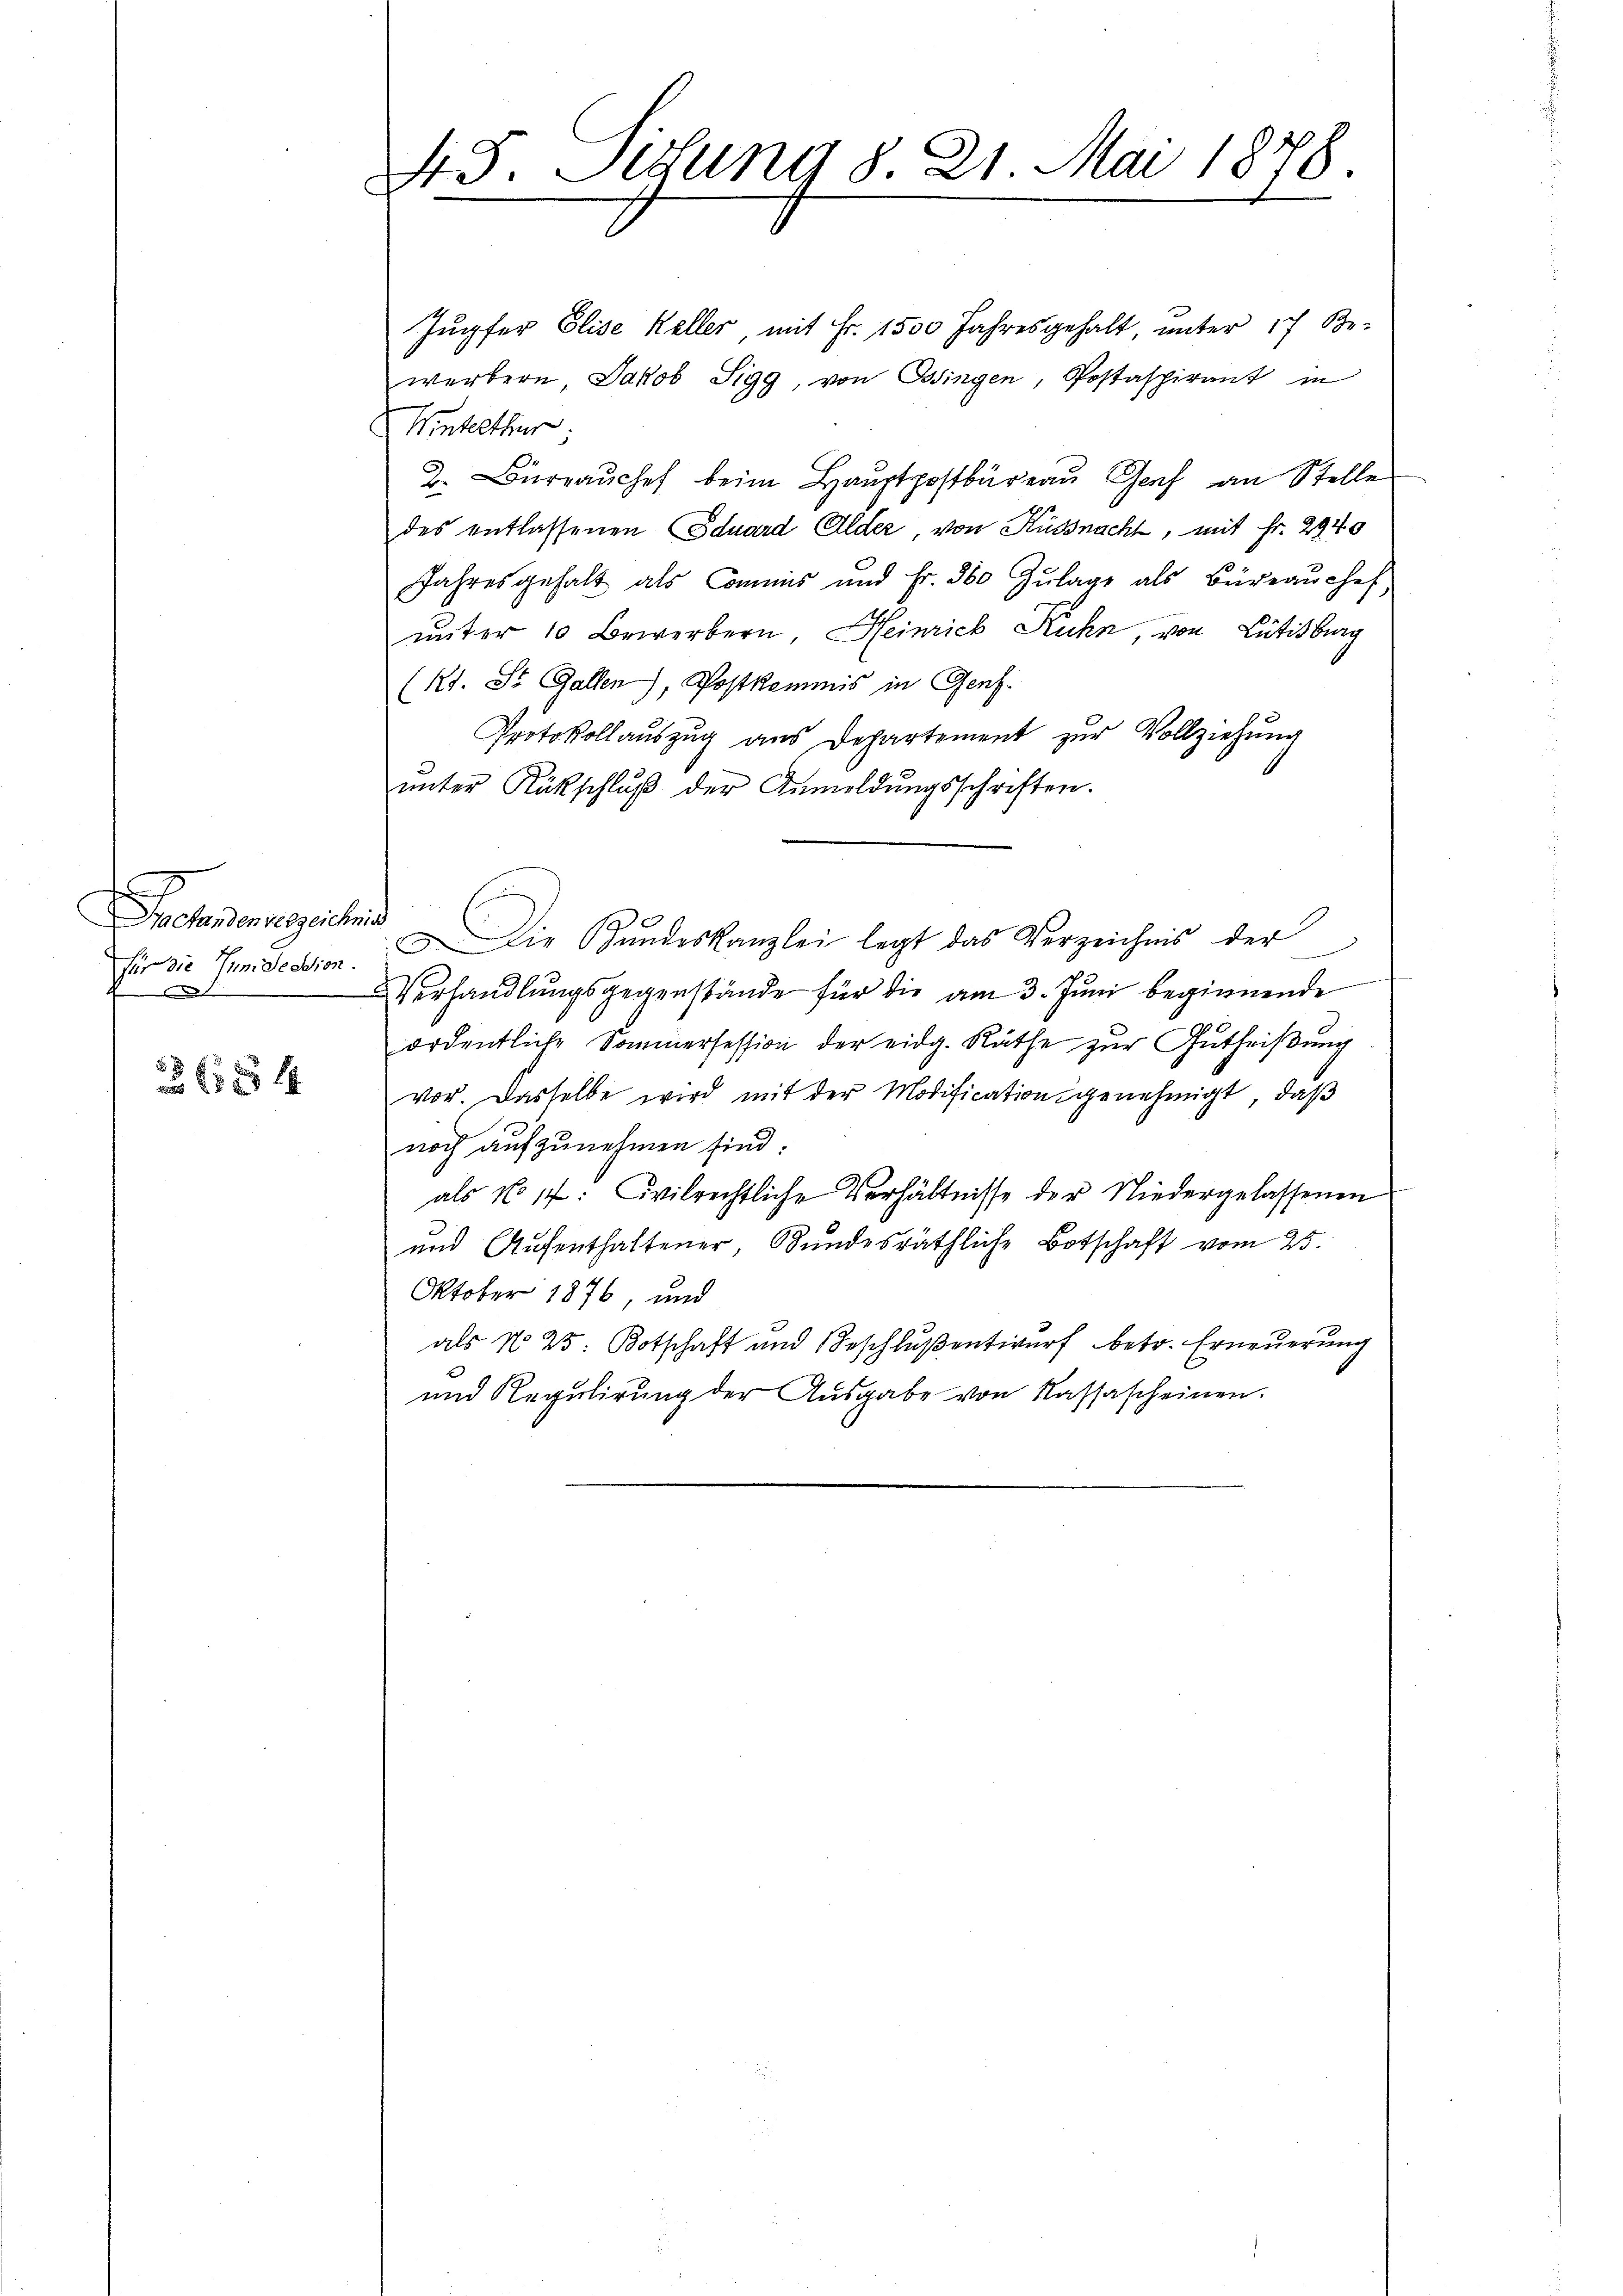
ehnmengeisten
für die Juni dession.

2 x

45. Jetung 8. 21. Mai 1878.

Jupfer Elise Keller, mit Fr. 1500 Jahresgehalt unter 17 Bo-
werbern, Jakob Sigg, von Ossingen, Postaspirant in
Winterthur;
2. Büreaŭchef beim Hauptpostbüreau Genf an Stelle
des entlassenen Eduard Alder, von Küßnacht, mit Fr. 2940
Jahresgehalt als Commis und Fr. 360 Zŭlage als Büreaŭchef
unter 10 Bewerbern Heinrich Kuhn, von Lütisburg
(Kt. St. Gallen), Postkommis in Genf.
Protokollaŭszŭg ans Departement zŭr Vollziehŭng
ŭnter Rückschlŭβ der Anmeldŭngsschriften.
Die Bundeskanzlei legt das Verzeichnis der
Verhandlŭngsgegenstände für die am 3. Juni beginnende
ordentliche Sommersession der eidg. Räthe zŭr Gŭtheiβŭng
vor. Dasselbe wird mit der Modificationsgenehmigt, daß
noch aufzunehmen sind:
als No 17: Civilrechtliche Verhältnisse der Niedergelassenen
und Aufenthaltener Bundesräthliche Botschaft vom 25.
Oktober 1876, und
als No 25 Botschaft und Beschlußentwurf betr. Erneuerung
und Regulirung der Aŭsgabe von Kassascheinen.